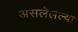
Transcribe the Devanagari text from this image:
असलेलल्या